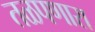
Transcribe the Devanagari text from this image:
तळपणारा